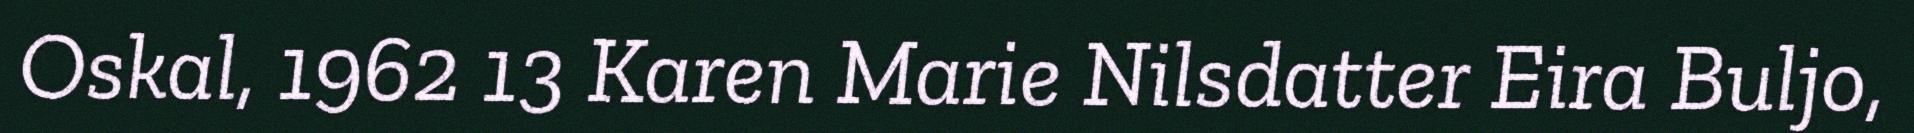
Oskal, 1962 13 Karen Marie Nilsdatter Eira Buljo,